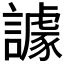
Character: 𧬷